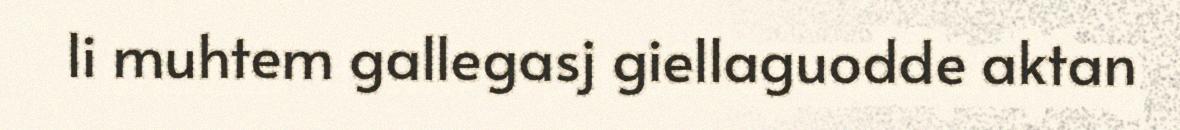
li muhtem gallegasj giellaguodde aktan